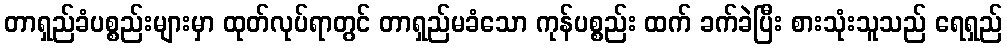
တာရှည်ခံပစ္စည်းများမှာ ထုတ်လုပ်ရာတွင် တာရှည်မခံသော ကုန်ပစ္စည်း ထက် ခက်ခဲပြီး စားသုံးသူသည် ရေရှည်